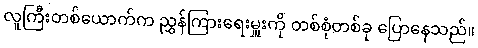
လူကြီးတစ်ယောက်က ညွှန်ကြားရေးမှူးကို တစ်စုံတစ်ခု ပြောနေသည်။